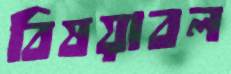
বিষয়াবল